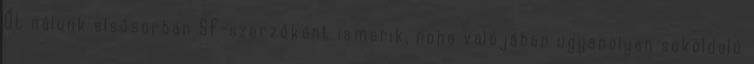
Őt nálunk elsősorban SF-szerzőként ismerik, noha valójában ugyanolyan sokoldalú